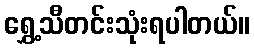
ရွှေ့သီတင်းသုံးရပါတယ်။